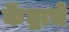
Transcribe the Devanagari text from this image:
कॆंद्राचे